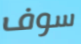
سوف